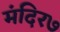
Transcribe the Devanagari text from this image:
मंदिर७